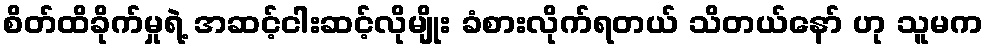
စိတ်ထိခိုက်မှုရဲ့ အဆင့်ငါးဆင့်လိုမျိုး ခံစားလိုက်ရတယ် သိတယ်နော် ဟု သူမက